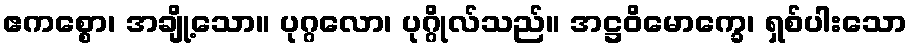
ဧကစ္စော၊ အချို့သော။ ပုဂ္ဂလော၊ ပုဂ္ဂိုလ်သည်။ အဋ္ဌဝိမောက္ခေ၊ ရှစ်ပါးသော